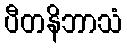
ပီတနိဘာသံ